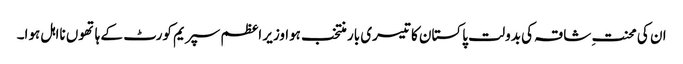
ان کی محنتِ شاقہ کی بدولت پاکستان کا تیسری بار منتخب ہوا وزیر اعظم سپریم کورٹ کے ہاتھوں نااہل ہوا۔